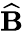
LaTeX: \widehat{\mathbf B}